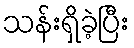
သန်းရှိခဲ့ပြီး